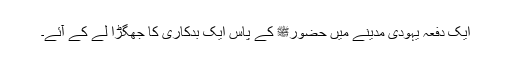
ایک دفعہ یہودی مدینے میں حضورﷺ کے پاس ایک بدکاری کا جھگڑا لے کے آئے۔